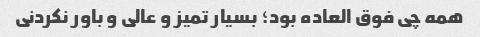
همه چی فوق العاده بود؛ بسیار تمیز و عالی و باور نکردنی